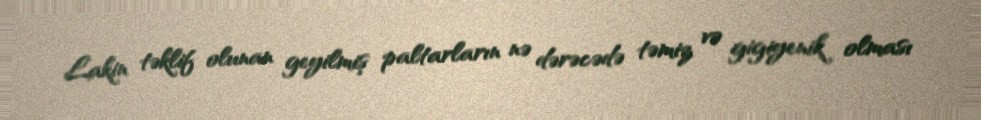
Lakin təklif olunan geyilmiş paltarların nə dərəcədə təmiz və gigiyenik olması